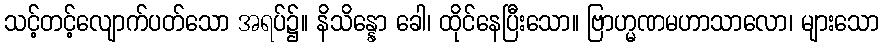
သင့်တင့်လျောက်ပတ်သော အရပ်၌။ နိသိန္နော ခေါ၊ ထိုင်နေပြီးသော။ ဗြာဟ္မဏမဟာသာလော၊ များသော